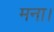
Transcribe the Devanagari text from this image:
मना।